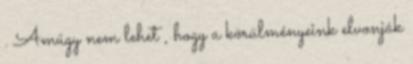
. Amúgy nem lehet , hogy a körülményeink elvonják